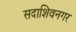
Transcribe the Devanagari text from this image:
सदाशिवनगर